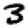
Digit: 3